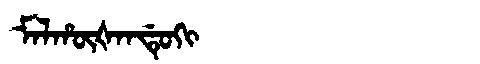
Manchu: ᠮᠠᠯᡥᡡᡧᠠᠨᡩᡠᡴᡳ
Romanization: MALHŪŠANDUKI